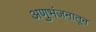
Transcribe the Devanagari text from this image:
अणुभंजनातून